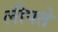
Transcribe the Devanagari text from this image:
लीपते